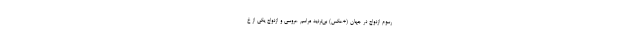
رسوم ازدواج در جهان (+عکس) بی‌تردید مراسم عروسی و ازدواج یکی از خ